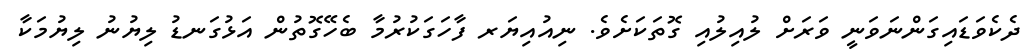
ދެކެވަޑައިގަންނަވަނީ ވަރަށް ލުއިލުއި ގޮތަކަށެވެ. ނިއުއިޔަރ ފާހަގަކުރުމާ ބެހޭގޮތުން އަޅުގަނޑު ލިޔުނު ލިޔުމަކާ